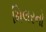
મિલરનો